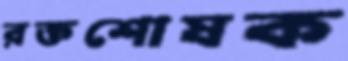
রক্তশোষক